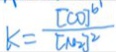
k = \frac { [ C O ] ^ { 6 ^ { \prime } } } { [ N _ { 2 } ] ^ { 2 } }